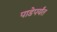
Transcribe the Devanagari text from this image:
पाडेपर्यंत